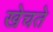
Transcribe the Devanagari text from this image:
खेचते